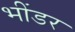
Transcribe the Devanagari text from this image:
भींडर